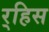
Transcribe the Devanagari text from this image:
र्‍हिस